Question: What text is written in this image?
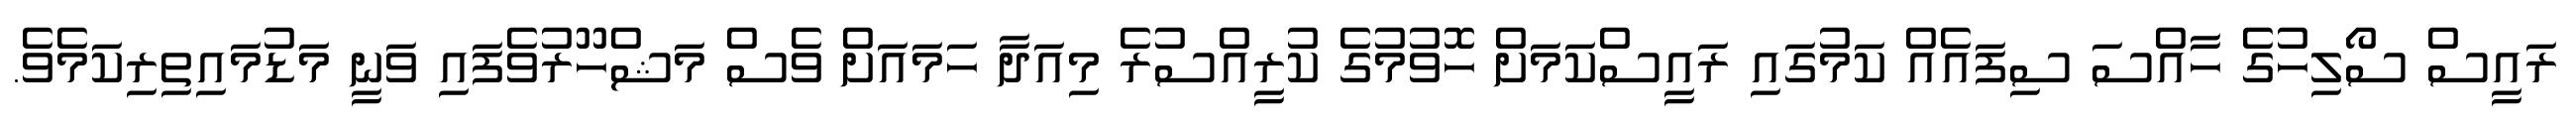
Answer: ރައީސް ސޯލިހުގެ ހާއްސަ ސިފައެއް ކަމުގައި ރައީސްކަމަށް ހޮވުމުގެ ކުރީއްސުރެ މިއަދާ ހަމައަށް ވެސް މަޝްހޫރުވެފައި ވަނީ މަޑުމައިތިރިކަމެވެ.